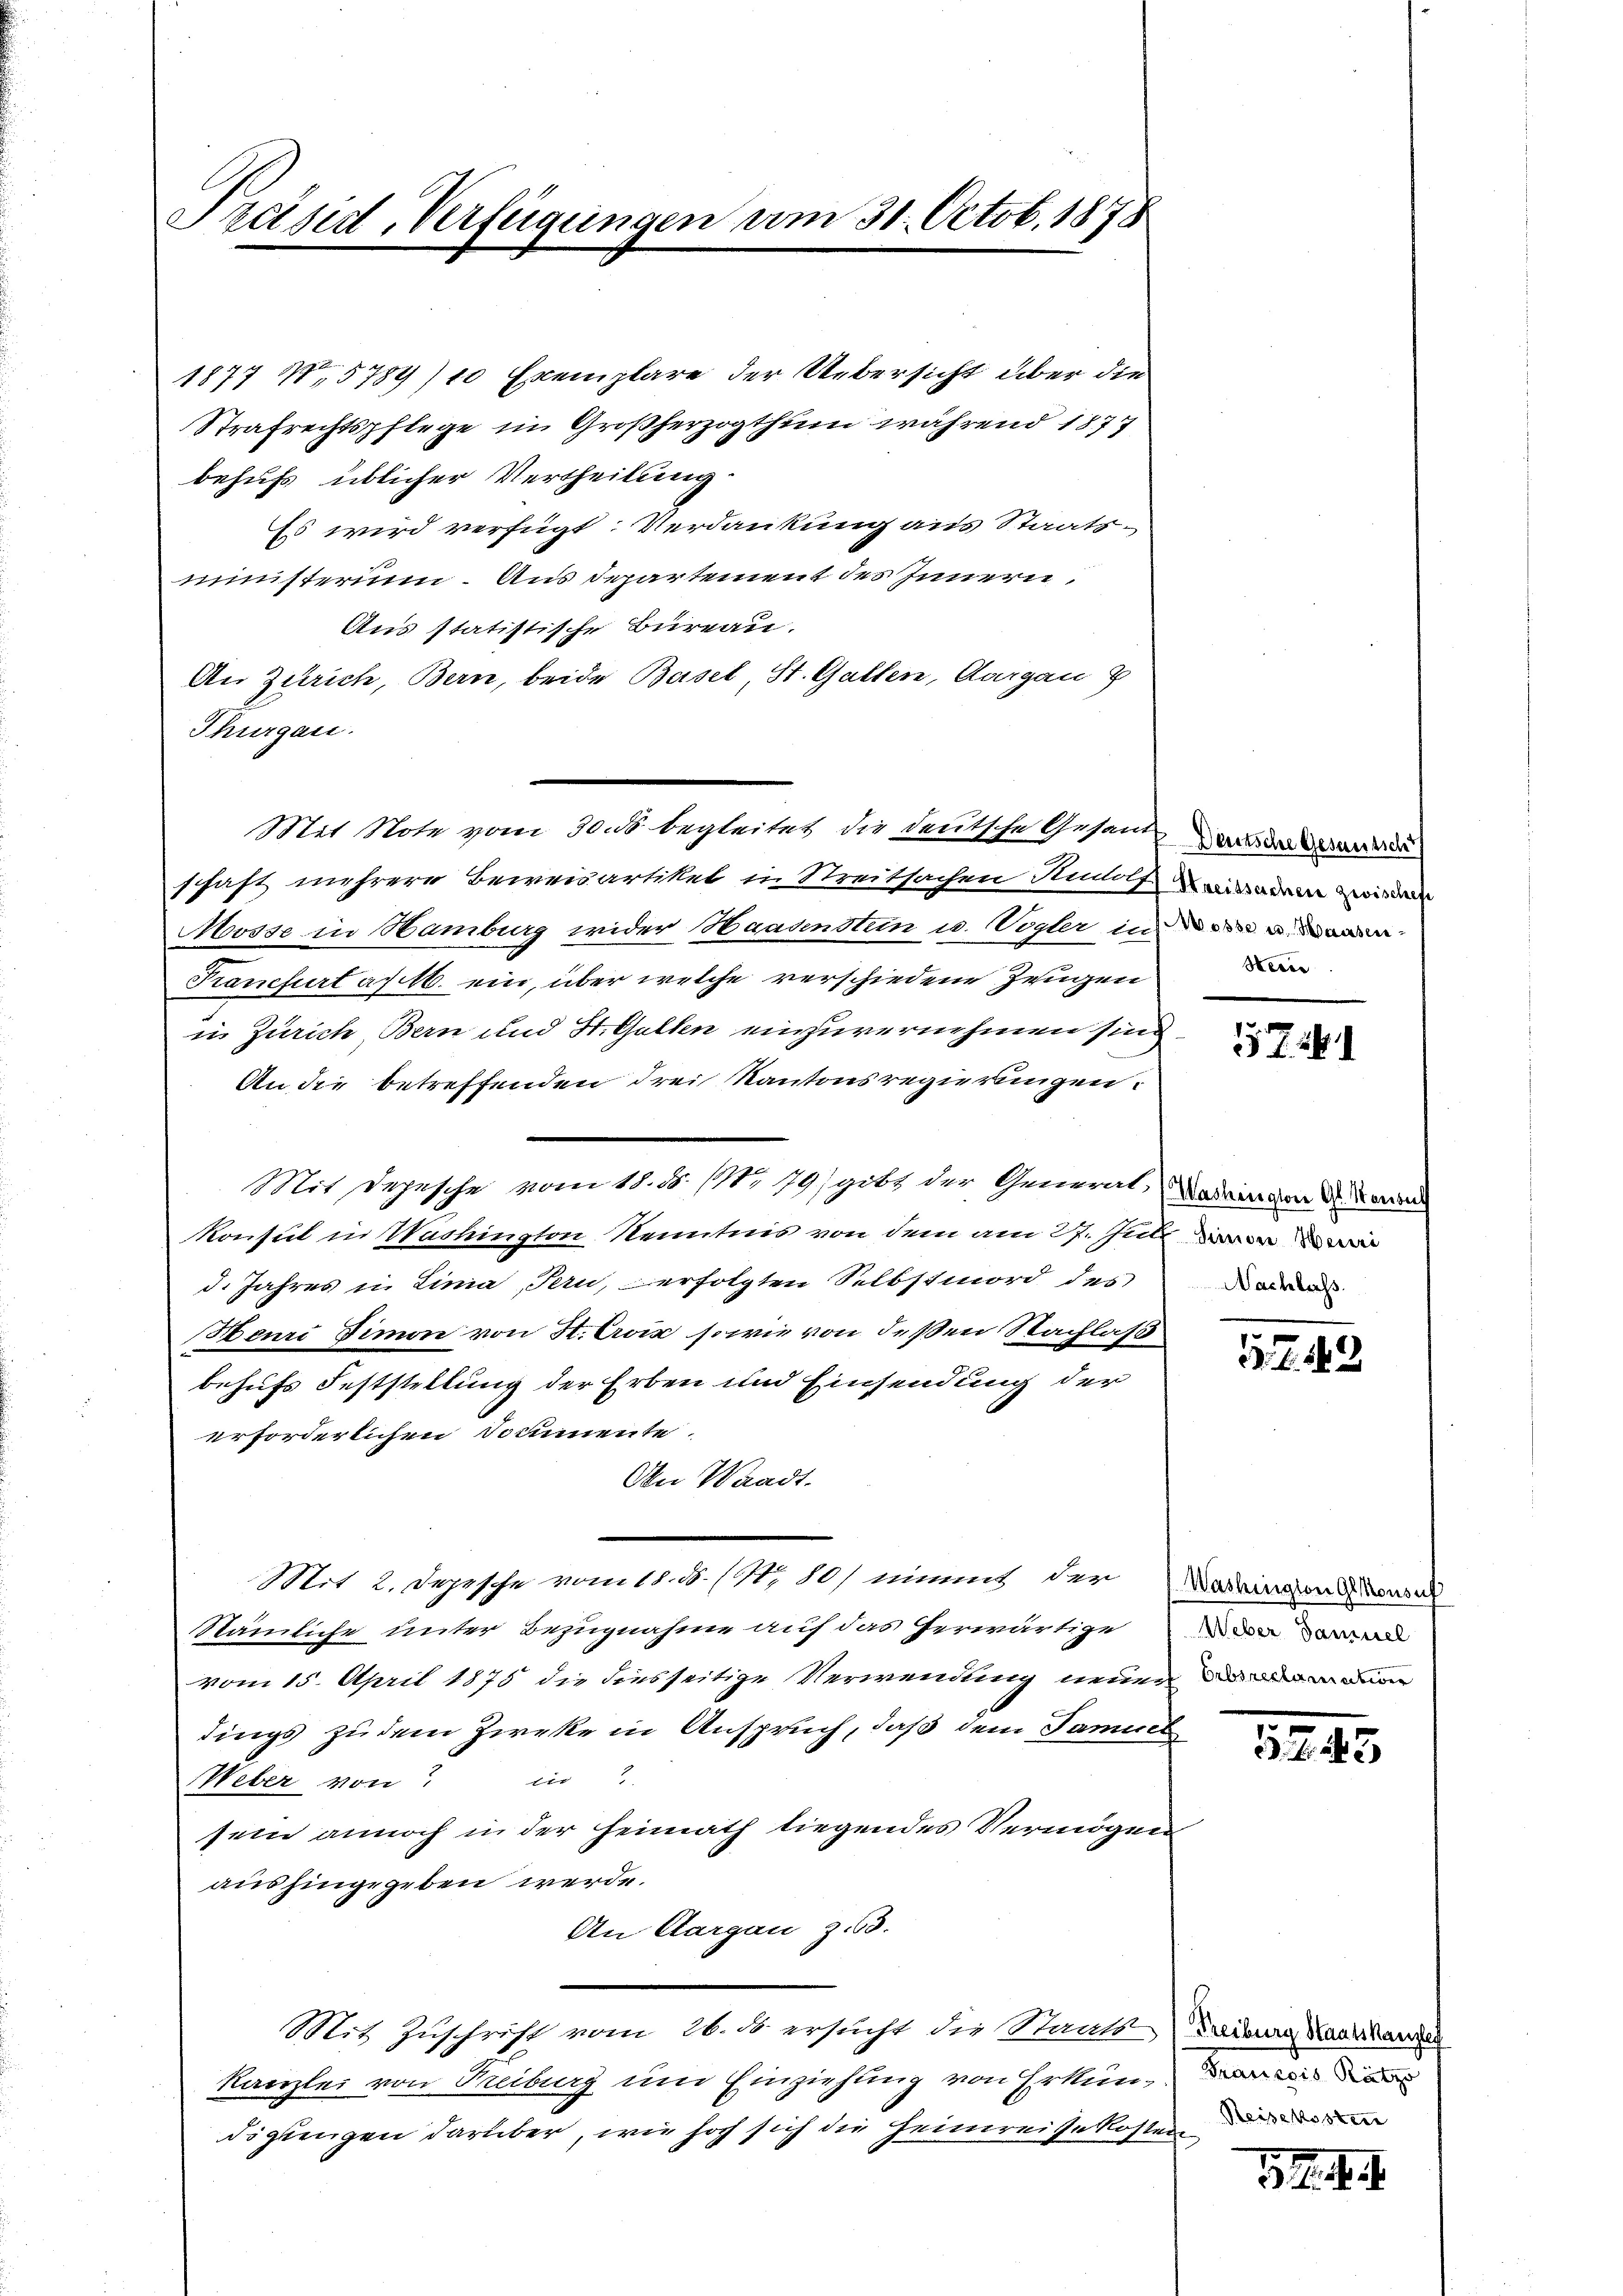
Präsid, Verfügungen vom 31. Octob. 1878

1877 No 5789/10 Exemplare der Uebersicht über die
Strafrechtspflege in Großherzogthum während 1877
behufs üblicher Vertheilung
Es wird verfügt: Verdankung aus Staatsministerium. Aus Departement des Innern,
Aus statistische Bureau.
An Zürich, Bern, beide Basel, St. Gallen, Aargau z
Thurgau.
Mit Note vom 30. ds. begleitet die deutsche Gesand aus der Brand
schaft mehrere Beweisartiket in Streitsachen Rudolf in ein wird
Mosse in Hamburg wider Haasenstein u. Vögler in
Krankfurt a. 16. ein, über welche verschiedene Zeugen
in Zürich, Bern und St. Gallen einzuvernehmen sind
An die betreffenden drei Kantonsregierungen.
Mit Depesche vom 18. ds. 111, 179) gibt der Generalt, darin von 2. Voran
Konsul in Washington Kenntnis von dem am 27. Juli
d. Jahres u. Lina Pern, erfolgten Selbstmord des
Henri Simon von St. Croix, sowie von deßen Nachlaß
behufs Feststellung der Erben und Einsendung der
erforderlichen Documente
An Waadt.
Mit 2. Depesche vom 18. d. 171, 80) einmal der Vorkingend dasel
Stämmliche unter Bezugnahme auf das herwärtige
vom 15. April 1875 die diesseitige Verwendung neuen
dings zudem Zircke in Anspruch, daß dem Samuel
Weber von in
sein annoch in der Heimath liegendes Vermögen
aushingegeben werde.
An Aargau z.63.
Mit Zuschrift vom 26. ds ersucht die Staats
kanzlei von Freiburg um Einziehung von Erkundigungen darüber, wie hoch sich die Heimreisekoster der

Hecce

5724.

Nachlass

3.7. 1

Weber Samuel

15745

Treiburg Staatskanzle
Franzois Rätzo

. . .